65_HS1-834228961_62-HQ-83894_Section_5
Agency: FBI
Page 161
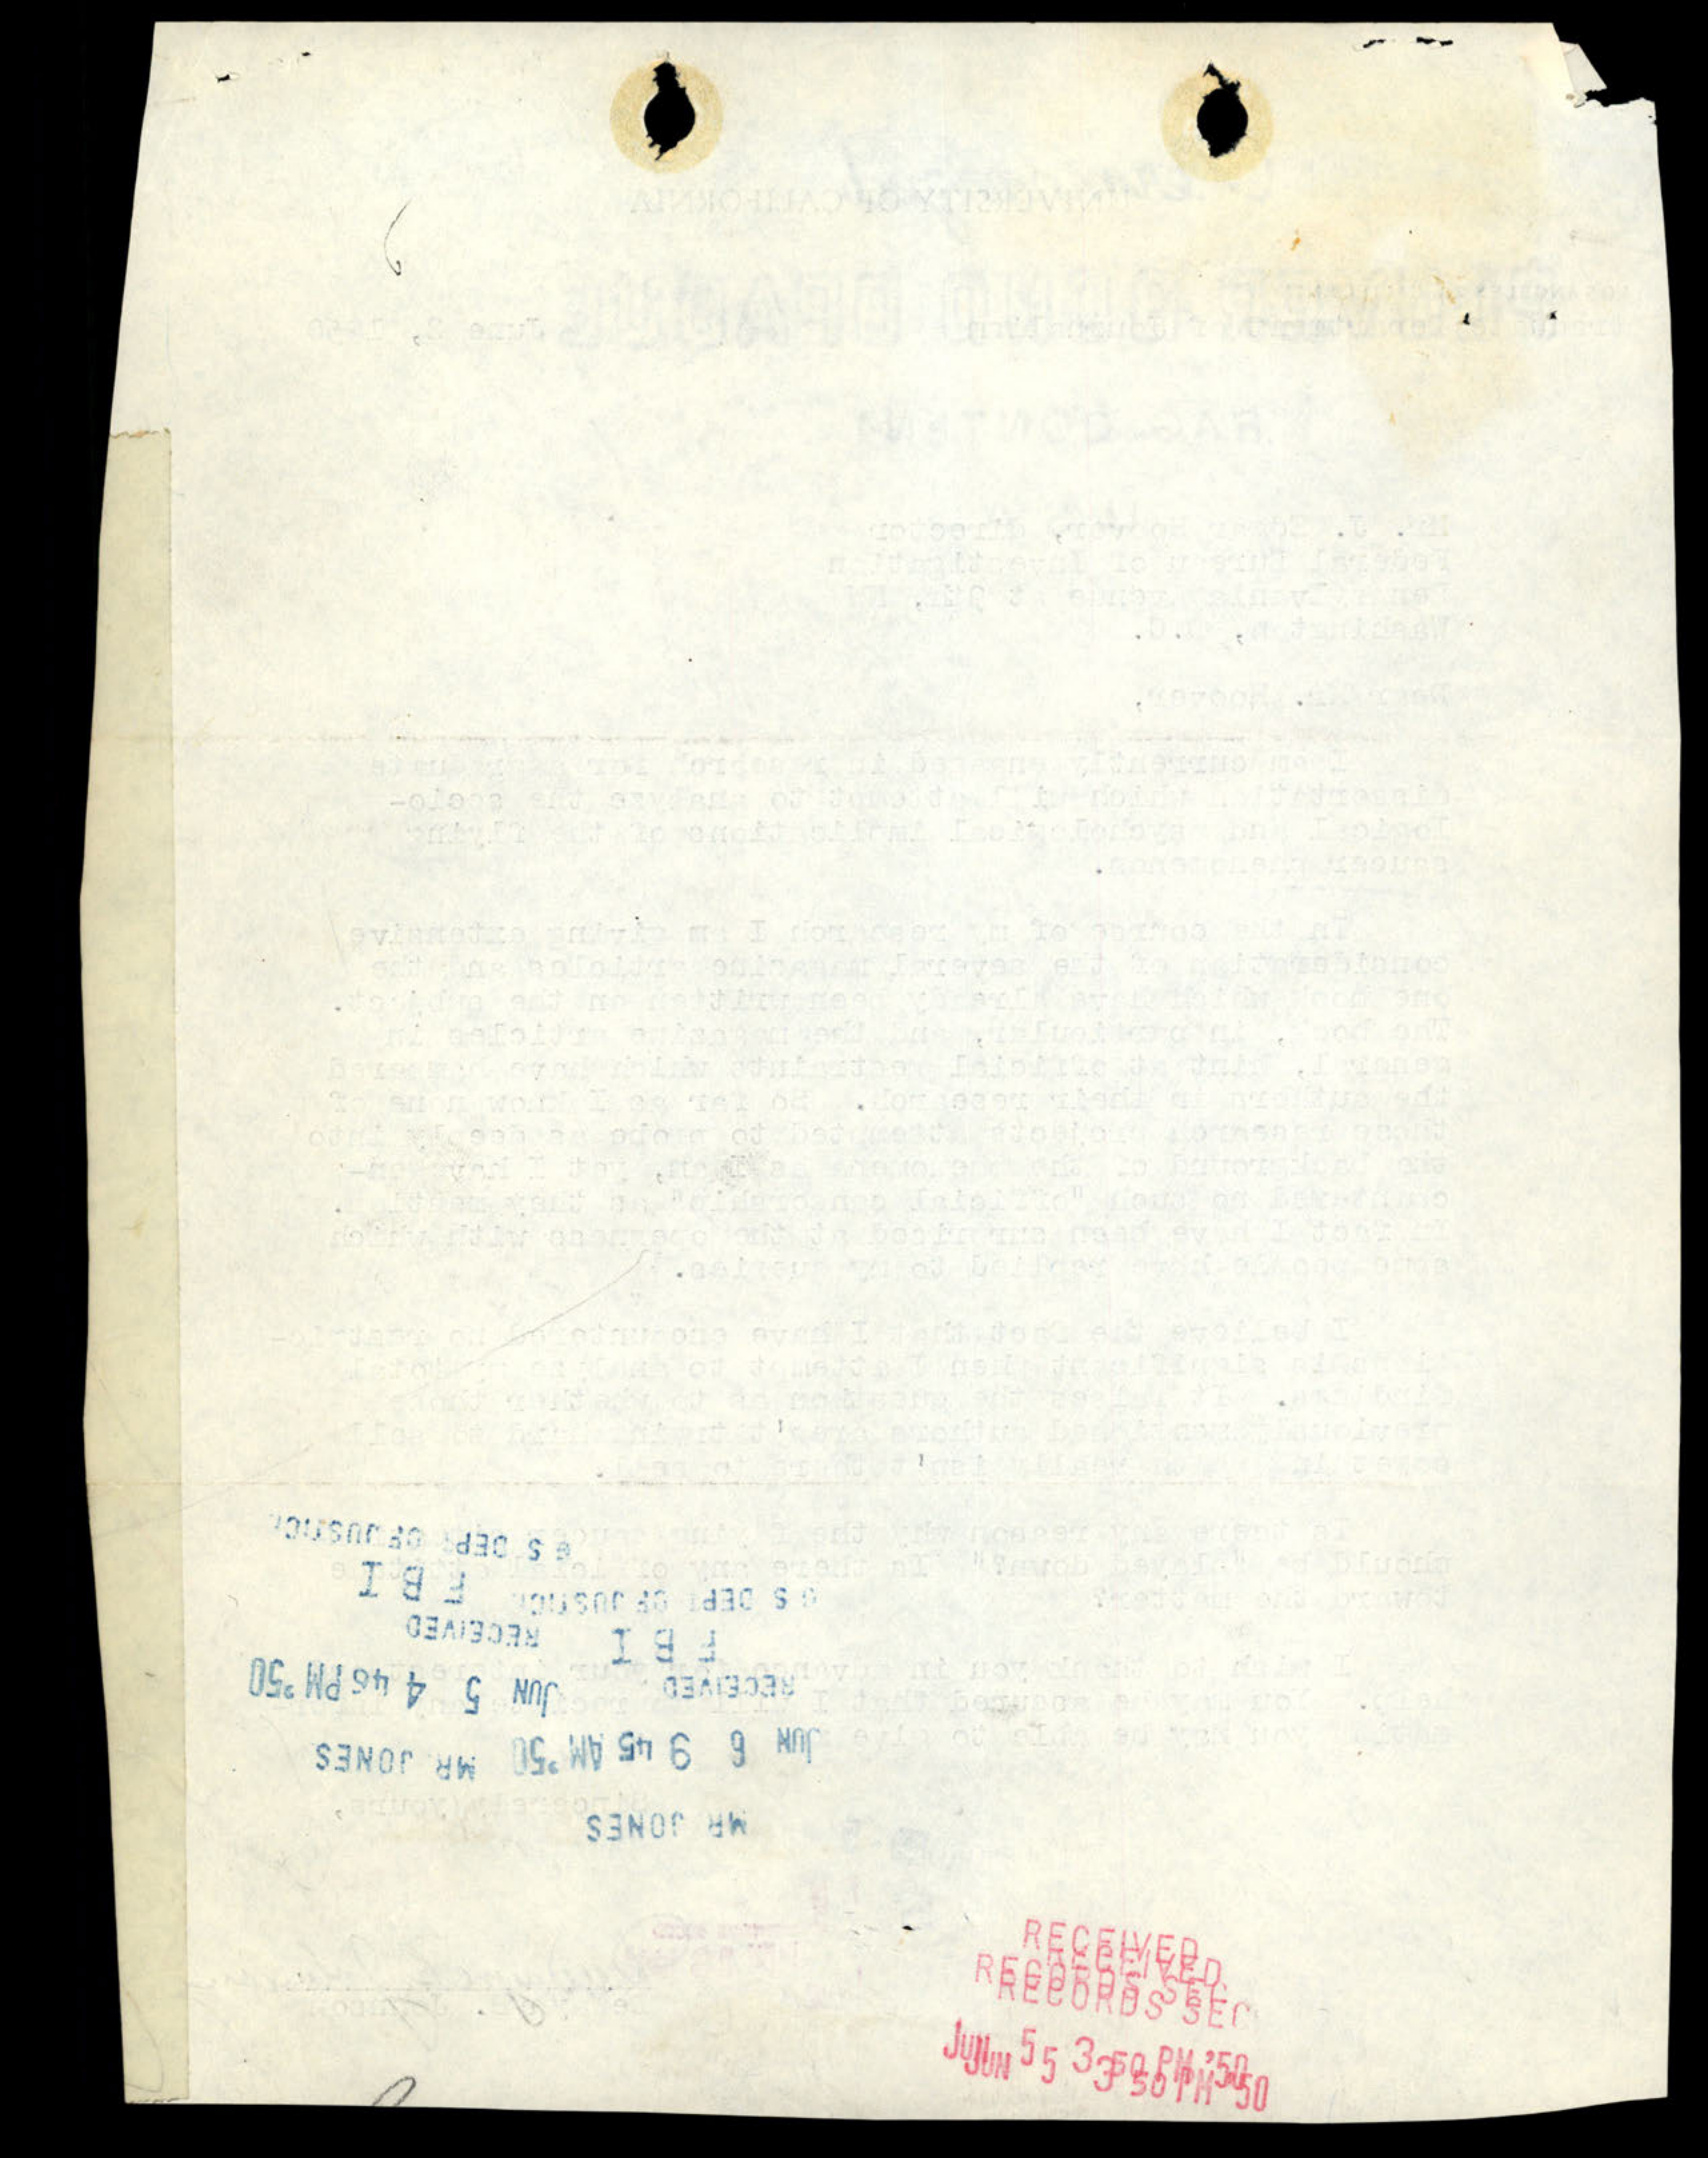